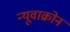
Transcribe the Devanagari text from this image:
न्यूवाक्रोन